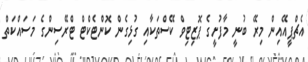
އެޗްޕީއޭއިން މިރޭ ބުނީ މާފުށީގެ ޕޮޒިޓިވް ކޭސްތަކާއި ގުޅިގެން ކޮންޓެކްޓް ޓްރޭސިންގެ މަސައްކަތް